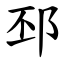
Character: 邳